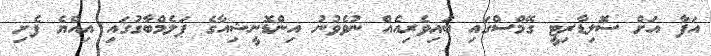
އަފާ އަށް ސޮލިޑާރިޓީ ގޭމްސްގައި ބައިވެރިއެއް ނުވެވުނު އިންޑޮނީޝިއާގެ ޕަލެމްބާގުގައި އިއްޔެ ފެށި